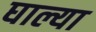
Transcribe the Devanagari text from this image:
घाल्या